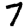
Digit: 7